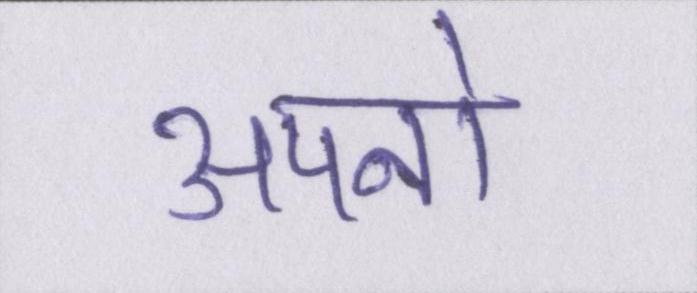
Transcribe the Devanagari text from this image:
अपनो